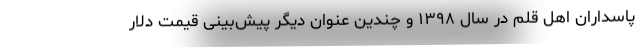
پاسداران اهل قلم در سال ۱۳۹۸ و چندین عنوان دیگر پیش‌بینی قیمت دلار